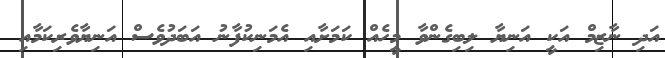
އަދި ނާޒިމް އަކީ އަނިޔާ ލިބިގެންވާ މީހެއް ކަމަށާއި އެމަނިކުފާނު އަބަދުވެސް އަނިޔާވެރިކަމާއި